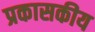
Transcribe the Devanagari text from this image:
प्रकासकीय